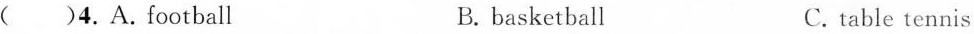
()4. A.football B. basketball C.table tennis